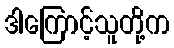
ဒါကြောင့်သူတို့က